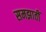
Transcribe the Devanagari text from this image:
समझातीं